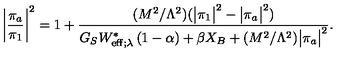
\bigg | \frac { \pi _ { a } } { \pi _ { 1 } } \bigg | ^ { 2 } = 1 + \frac { ( M ^ { 2 } / \Lambda ^ { 2 } ) ( \big | \pi _ { 1 } \big | ^ { 2 } - \big | \pi _ { a } \big | ^ { 2 } ) } { G _ { S } W _ { \mathrm { e f f } ; \lambda } ^ { \ast } \left( 1 - \alpha \right) + \beta X _ { B } + ( M ^ { 2 } / \Lambda ^ { 2 } ) \big | \pi _ { a } \big | ^ { 2 } } .